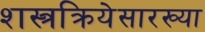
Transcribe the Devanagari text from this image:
शस्त्रक्रियेसारख्या